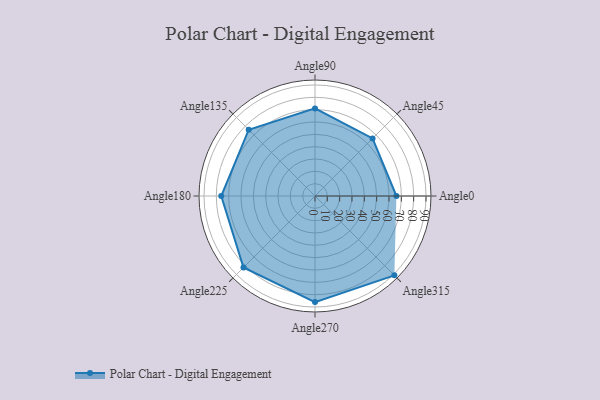
{"axis": {"x": "Angle", "y": "Radius"}, "legend": [""], "data": [{"x": "Angle0", "y": 66.0, "type": ""}, {"x": "Angle45", "y": 66.0, "type": ""}, {"x": "Angle90", "y": 71.0, "type": ""}, {"x": "Angle135", "y": 76.0, "type": ""}, {"x": "Angle180", "y": 76.0, "type": ""}, {"x": "Angle225", "y": 82.0, "type": ""}, {"x": "Angle270", "y": 86.0, "type": ""}, {"x": "Angle315", "y": 91.0, "type": ""}]}